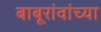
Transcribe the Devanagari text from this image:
बाबूरांवांच्या